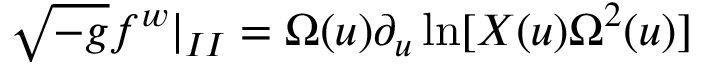
\sqrt { - g } f ^ { w } | _ { I I } = \Omega ( u ) \partial _ { u } \ln [ X ( u ) \Omega ^ { 2 } ( u ) ]